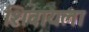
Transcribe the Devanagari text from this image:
शिवायला